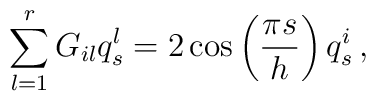
\sum_{l=1}^{r}G_{il}q_{s}^{l}=2\cos\left(\frac{\pi s}{h}\right)q_{s}^{i}\,,